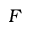
F